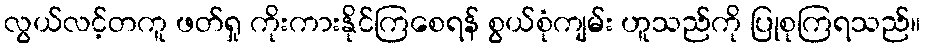
လွယ်လင့်တကူ ဖတ်ရှု ကိုးကားနိုင်ကြစေရန် စွယ်စုံကျမ်း ဟူသည်ကို ပြုစုကြရသည်။